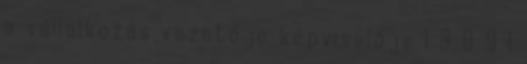
a vállalkozás vezetője képviselője 1 3 0 9 1